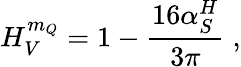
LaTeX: H_{V}^{m_{Q}}=1-\frac{16\alpha_{S}^{H}}{3\pi}\; ,